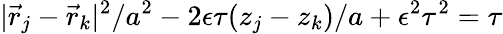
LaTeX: |\vec{r}_{j}-\vec{r}_{k}|^{2}/a^{2}-2\epsilon\tau(z_{j}-z_{k})/a+\epsilon^{2}\tau^{2}=\tau